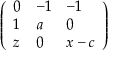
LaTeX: \left( \begin{array} { l l l } { 0 } & { - 1 } & { - 1 } \\ { 1 } & { a } & { 0 } \\ { z } & { 0 } & { x - c } \end{array} \right)